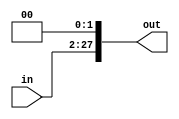
`timescale 1ns / 1ps
//////////////////////////////////////////////////////////////////////////////////
// Company: 
// Engineer: 
// 
// Design Name: 
// Module Name:    ShiftLeft26 
// Project Name: 
// Target Devices: 
//
//////////////////////////////////////////////////////////////////////////////////
module ShiftLeft26(in, out);

	input [25:0]in;
	output reg [27:0] out;
	
	initial begin
		out <= 28'b0000000000000000000000000000;
	end
	
	always @ (*)
		begin
			out <= in << 2;
		end
	
endmodule